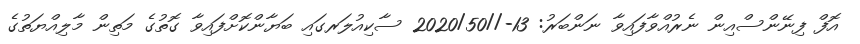
އޮފް ފިނޭންސްއިން ނެރުއްވާފައިވާ ނަންބަރު: 13-//2020/50 ސާކިއުލަރގައި ބަޔާންކޮށްފައިވާ ގޮތުގެ މަތިން މާލިއްޔަތުގެ